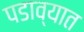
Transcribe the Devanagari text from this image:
पडाव्यात